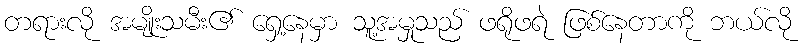
တရားလို အမျိုးသမီး၏ ရှေ့နေမှာ သူ့အမှုသည် ဖရိုဖရဲ ဖြစ်နေတာကို ဘယ်လို